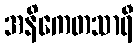
အနိကေတသာရီ